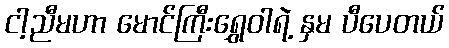
ငါ့ညီမဟာ မောင်ကြီးရွှေဝါရဲ့ နှမ ပီပေတယ်